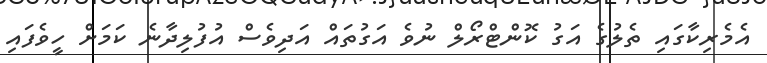
އެމެރިކާގައި ތެލުގެ އަގު ކޮންޓްރޯލް ނުވެ އަގުތައް އަދިވެސް އުފުލިދާނެ ކަމަށް ހީވެފައި